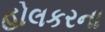
હોલકરના